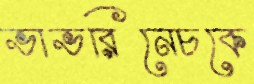
ভাভরিনেচকে